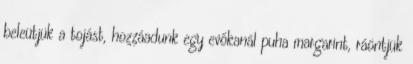
beleütjük a tojást, hozzáadunk egy evőkanál puha margarint, ráöntjük